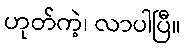
ဟုတ်ကဲ့၊ လာပါပြီ။